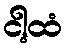
ငါ့ထံ